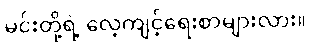
မင်းတို့ရဲ့ လေ့ကျင့်ရေးစာများလား။